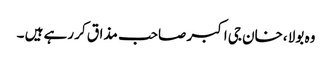
وہ بولا ،خان جی اکبر صاحب مذاق کر رہے ہیں ۔